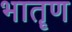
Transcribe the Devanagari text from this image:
भातॄण